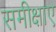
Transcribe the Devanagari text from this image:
समीक्षाए